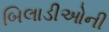
બિલાડીઓની